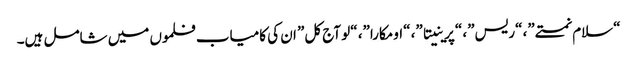
“سلام نمستے”، “ریس”، “پرینیتا”، “اومکارا”، “لو آج کل” ان کی کامیاب فلموں میں شامل ہیں۔